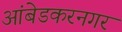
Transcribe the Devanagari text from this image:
आंबेडकरनगर